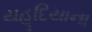
યહૂદિયાના